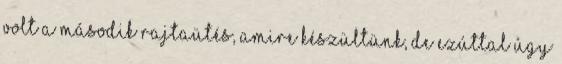
volt a második rajtaütés, amire készültünk, de ezúttal úgy